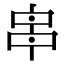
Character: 𠵓